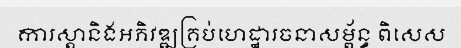
ការស្តានិងអភិវឌ្ឍគ្រប់ហេដ្ឋារចនាសម្ព័ន្ធ ពិសេស